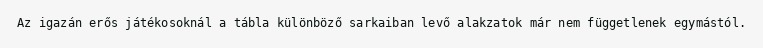
Az igazán erős játékosoknál a tábla különböző sarkaiban levő alakzatok már nem függetlenek egymástól.